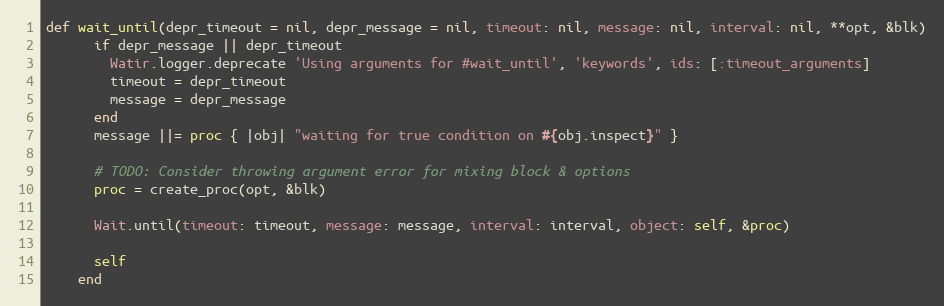
Language: Ruby
def wait_until(depr_timeout = nil, depr_message = nil, timeout: nil, message: nil, interval: nil, **opt, &blk)
      if depr_message || depr_timeout
        Watir.logger.deprecate 'Using arguments for #wait_until', 'keywords', ids: [:timeout_arguments]
        timeout = depr_timeout
        message = depr_message
      end
      message ||= proc { |obj| "waiting for true condition on #{obj.inspect}" }

      # TODO: Consider throwing argument error for mixing block & options
      proc = create_proc(opt, &blk)

      Wait.until(timeout: timeout, message: message, interval: interval, object: self, &proc)

      self
    end